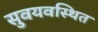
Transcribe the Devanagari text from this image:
सुवयवस्थित